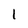
Character: l